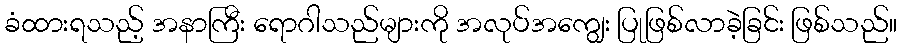
ခံထားရသည့် အနာကြီး ရောဂါသည်များကို အလုပ်အကျွေး ပြုဖြစ်လာခဲ့ခြင်း ဖြစ်သည်။